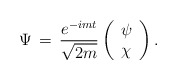
\begin{align*}\Psi\,=\,\frac{ e^{-imt}}{\sqrt{2 m}} \left(\begin{array}{c}\psi\\ \chi\end{array}\right).\end{align*}